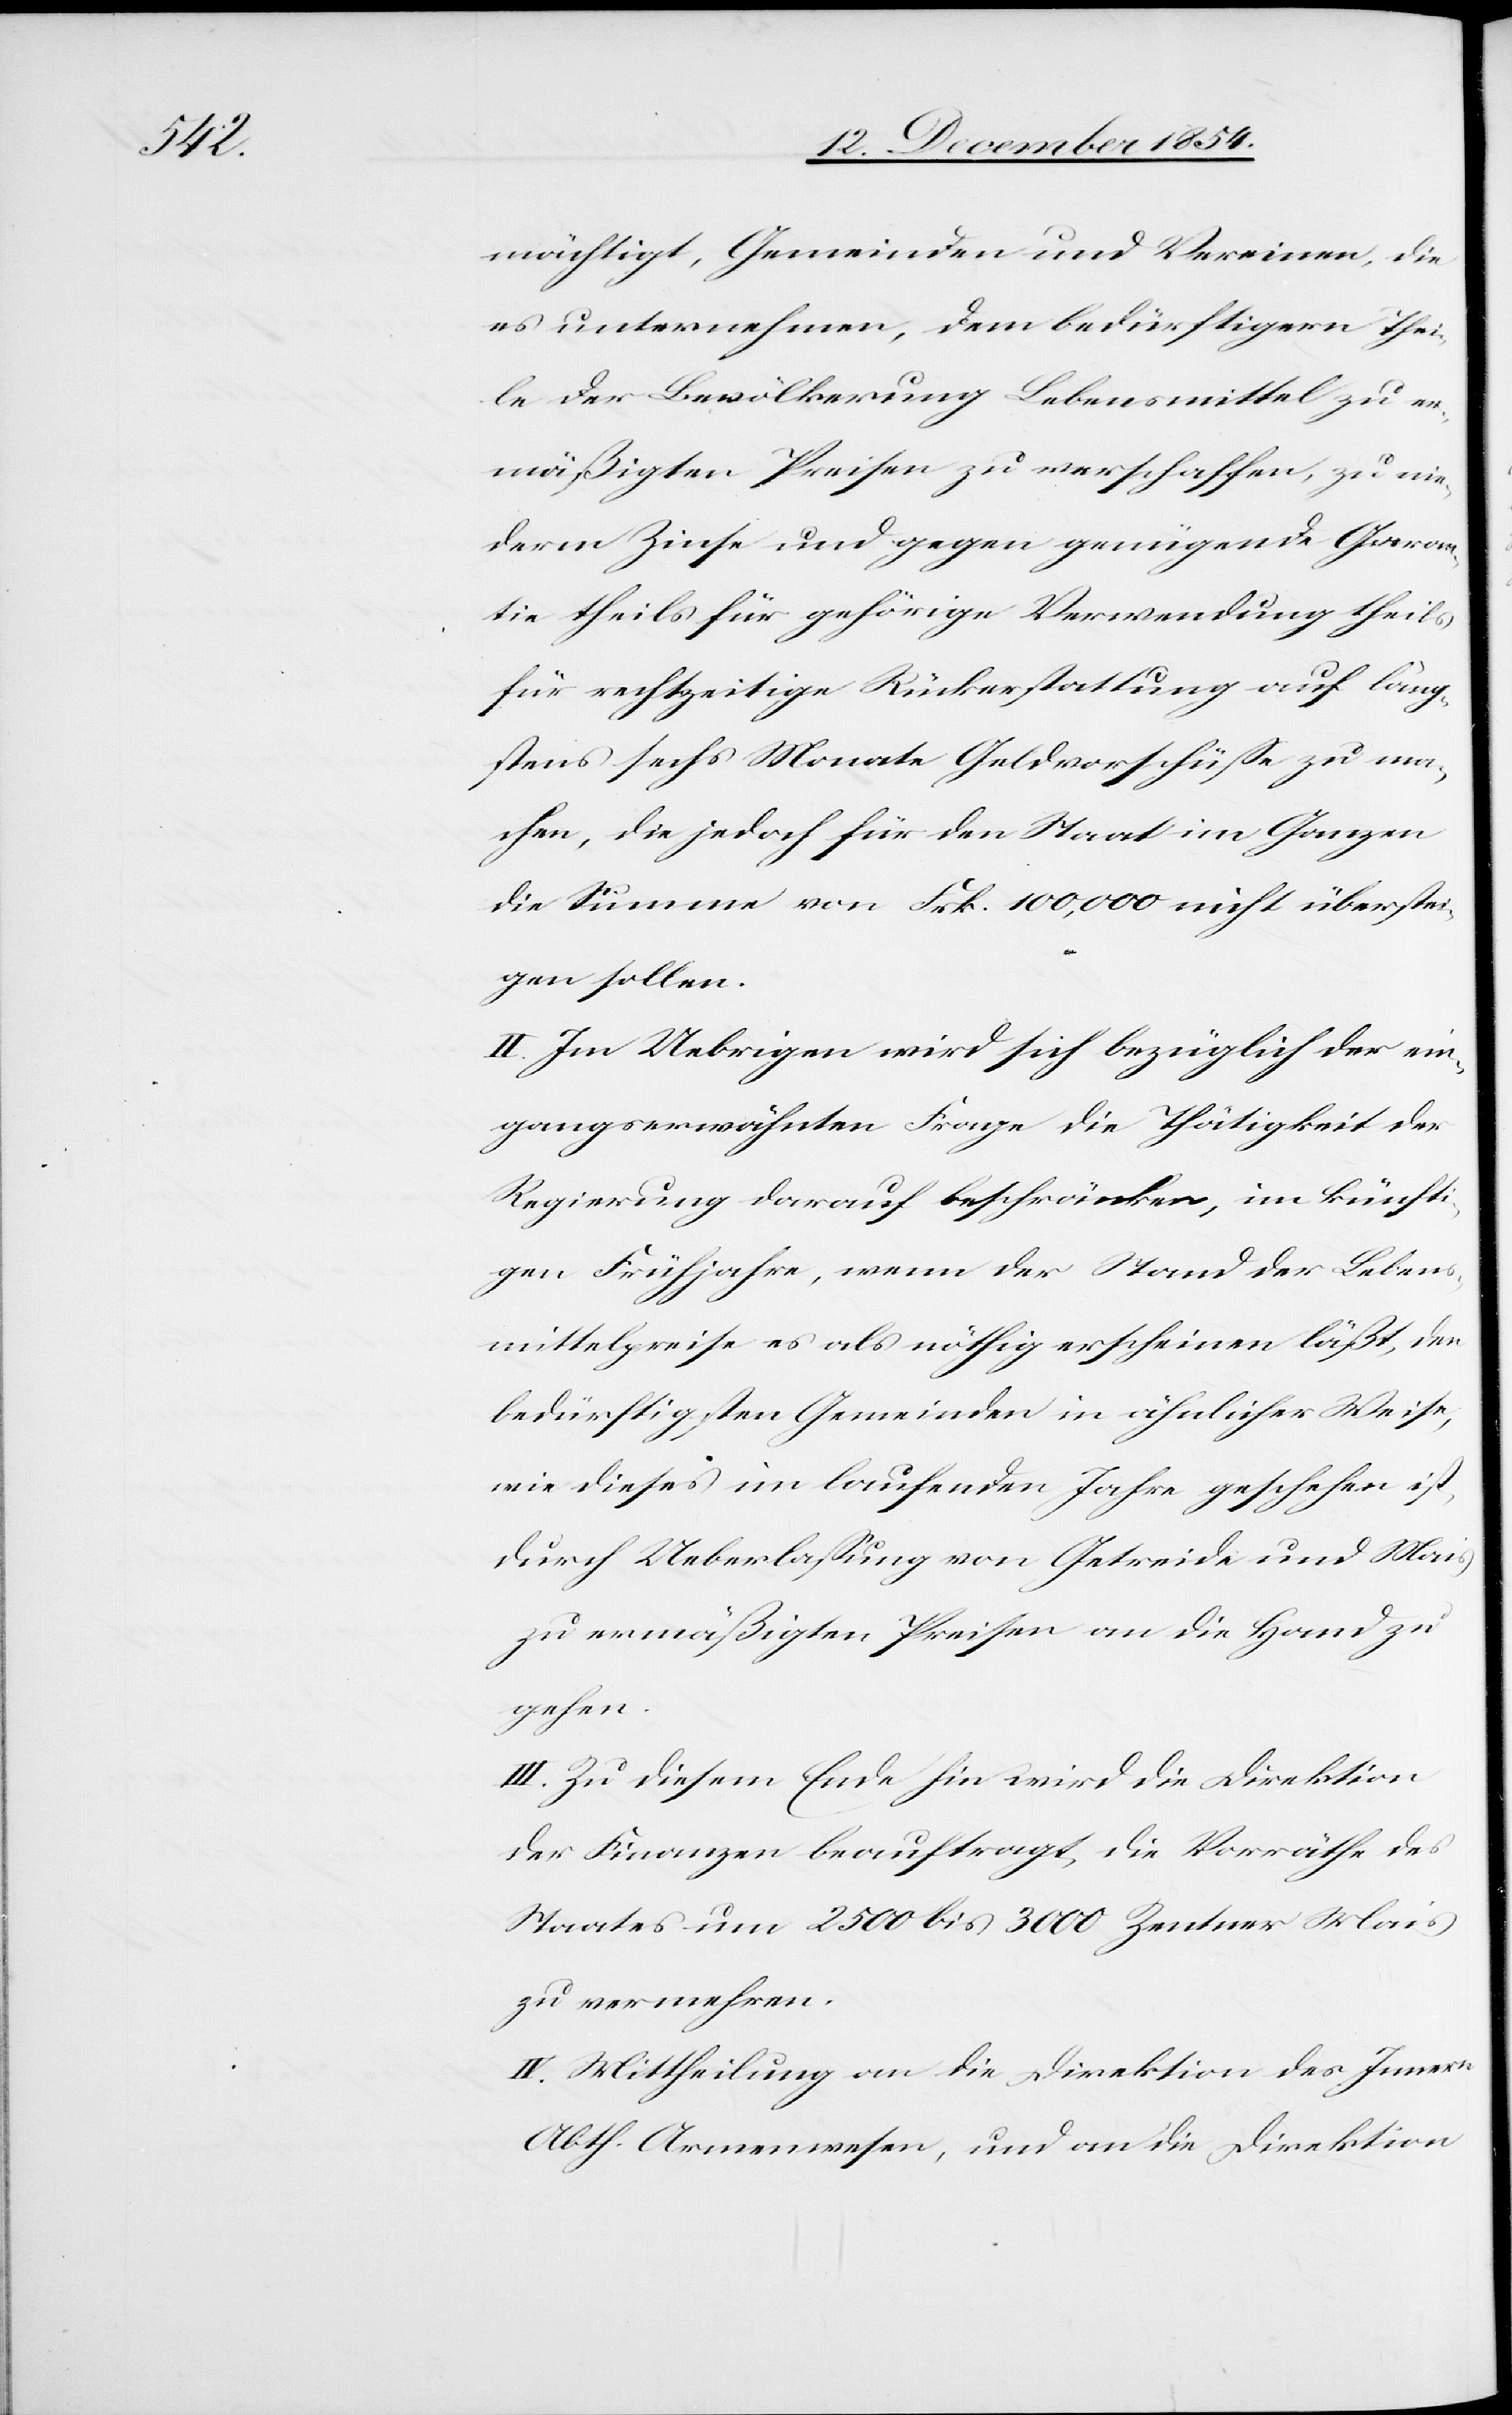
mächtigt, Gemeinden und Vereine, die
es unternehmen, dem bedürftigern Thei¬
le der Bevölkerung Lebensmittel zu er¬
mäßigten Preisen zu verschaffen, zu nie¬
derm Zinse und gegen genügende Garan¬
tie theils für gehörige Verwendung theils
für rechtzeitige Rückerstattung auf läng¬
stens sechs Monate Geldvorschüße zu ma¬
chen, die jedoch für den Staat im Ganzen
die Summe von Frk. 100,000 nicht überstei¬
gen sollen.
II. Im Uebrigen wird sich bezüglich der ein¬
gangserwähnten Frage die Thätigkeit der
Regierung darauf beschränken, im künfti¬
gen Frühjahr, wenn der Stand der Lebens¬
mittelpreise es als nöthig erscheinen läßt, den
bedürftigsten Gemeinden in ähnlicher Weise,
wie dieses im laufenden Jahre geschehen ist,
durch Ueberlaßung von Getreide und Mais
zu ermäßigten Preisen an die Hand zu
gehen.
III. Zu diesem Ende hin wird die Direktion
der Finanzen beauftragt, die Vorräthe des
Staates um 2500 bis 3000 Zentner Mais
zu vermehren.
IV. Mittheilung an die Direktion des Innern
Abth. Armenwesen, und an die Direktion